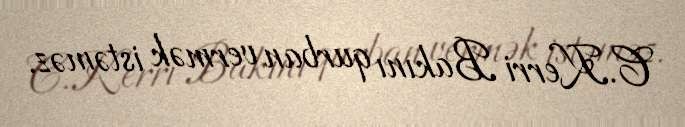
C.Kerri Bakını qurban vermək istəməz.